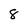
Character: 8